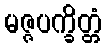
မဇ္ဇပက္ခိတ္တံ